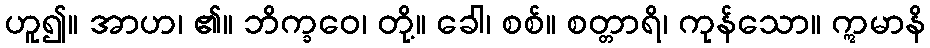
ဟူ၍။ အာဟ၊ ၏။ ဘိက္ခဝေ၊ တို့။ ခေါ၊ စစ်။ စတ္တာရိ၊ ကုန်သော။ ဣမာနိ